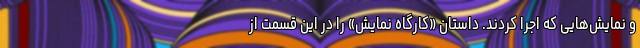
و نمایش‌هایی که اجرا کردند. داستان «کارگاه نمایش» را در این قسمت از